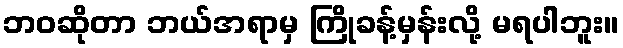
ဘဝဆိုတာ ဘယ်အရာမှ ကြိုခန့်မှန်းလို့ မရပါဘူး။